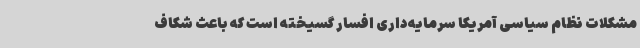
مشکلات نظام سیاسی آمریکا سرمایه‌داری افسار گسیخته است که باعث شکاف